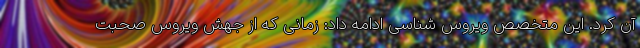
آن کرد. این متخصص ویروس شناسی ادامه داد: زمانی که از جهش ویروس صحبت